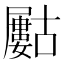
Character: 𡳰